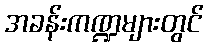
အခန်းကဏ္ဍများတွင်